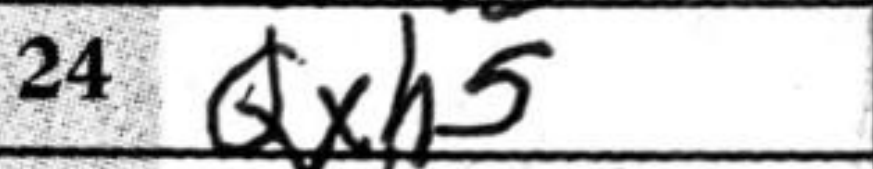
Transcription: Qxh5